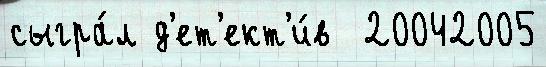
сыгра́л д'ет'ект'и́в  20042005